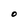
Character: o